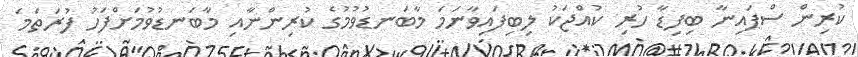
ކުރިން ސްޕައިނާ ބިފިޑާ ހުރި ކުއްޖަކު ލިބިފައިވާނަމަ މާބަނޑުވުމުގެ ކުރިންނާއި މާބަނޑުވުމަށްފަހު ފުރަތަމަ